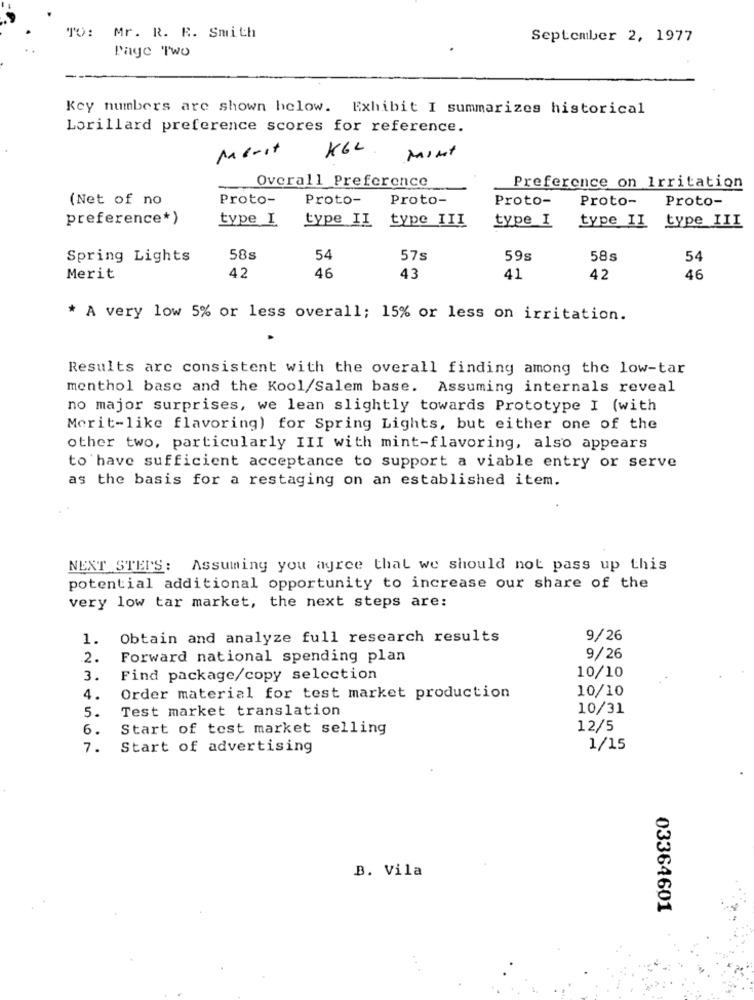
TO: Mr. R. R. Smith
September 2, 1977
Page Two
Key numbers are shown below. Exhibit I summarizes historical
Lorillard preference scores for reference.
Merit
KGL
MINT
Overall Preference
Preference on Irritation
(Net of no
Proto-
Proto-
Proto-
Proto-
Proto-
Proto-
preference*)
type I
type II
type III
type I
type III
type II
Spring Lights
58s
54
57s
59s
58s
54
Merit
42
46
43
41
42
46
* A very low 5% or less overall; 15% or less on irritation.
Results are consistent with the overall finding among the low-tar
menthol base and the Kool/Salem base. Assuming internals reveal
no major surprises, we lean slightly towards Prototype I (with
Merit-like flavoring) for Spring Lights, but either one of the
other two, particularly III with mint-flavoring, also appears
to have sufficient acceptance to support a viable entry or serve
as the basis for a restaging on an established item.
NEXT STEPS: Assuming you agree that we should not pass up this
potential additional opportunity to increase our share of the
very low tar market, the next steps are:
1.
Obtain and analyze full research results
9/26
2.
Forward national spending plan
9/26
10/10
3.
Find package/copy selection
4.
Order material for test market production
10/10
5.
Test market translation
10/31
6.
Start of test market selling
12/5
7.
Start of advertising
1/15
B. Vila
03364601